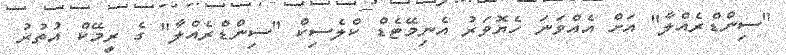
"ސިންޑްރެއްލާ" އަށް އެއްވަނަ ހެޔޮވަރު އެނިމޭޓެޑް ކްލެސިކް "ސިންޑްރެއްލާ" ގެ ރީމޭކް އުތުރު